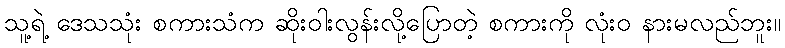
သူ့ရဲ့ ဒေသသုံး စကားသံက ဆိုးဝါးလွန်းလို့ပြောတဲ့ စကားကို လုံးဝ နားမလည်ဘူး။